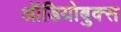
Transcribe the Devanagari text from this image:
ऑडियोबुक्स